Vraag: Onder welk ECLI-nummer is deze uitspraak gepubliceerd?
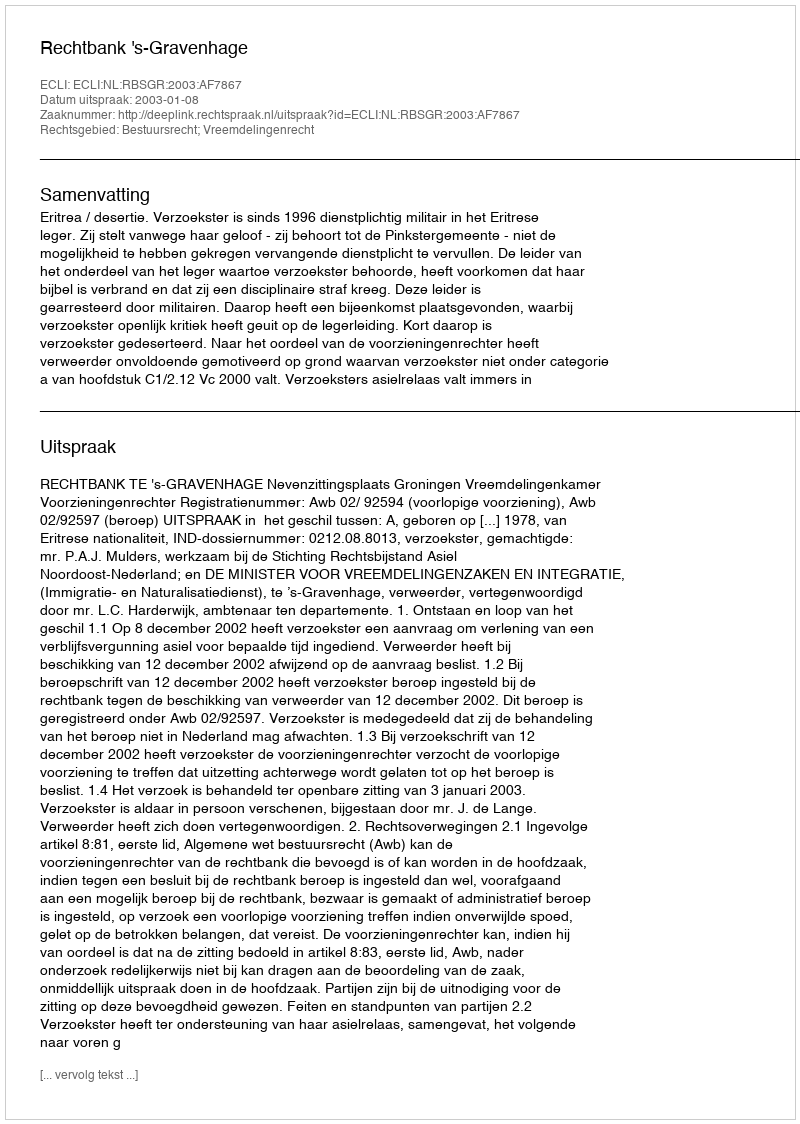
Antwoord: ECLI:NL:RBSGR:2003:AF7867